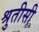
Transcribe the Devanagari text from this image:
श्रुतीसी